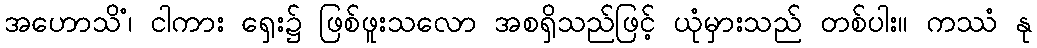
အဟောသိံ၊ ငါကား ရှေး၌ ဖြစ်ဖူးသလော အစရှိသည်ဖြင့် ယုံမှားသည် တစ်ပါး။ ကဿံ နု